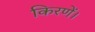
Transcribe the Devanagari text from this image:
किरणें।